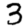
Digit: 3